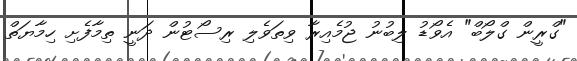
"ގްރީން ގްލޯބް" އެވޯޑު ލިބުނު ޖުމެއިރާ ވިތަވެލި ރިސޯޓުން ދަނީ ތިމާފެށި ހިމާޔަތް